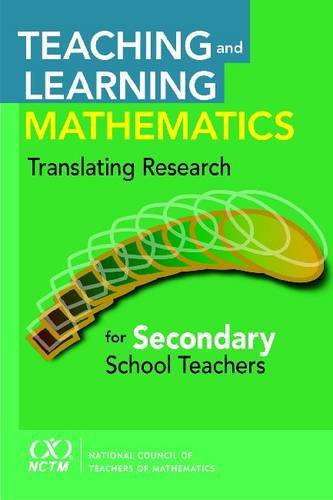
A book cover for Teaching and Learning Mathematics: Translating Research for Secondary School Teachers; Frank Lester; Science & Math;